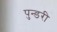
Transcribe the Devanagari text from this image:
पुन्डरी